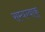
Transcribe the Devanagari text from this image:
सम्यग्वाक्